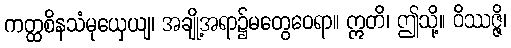
ကတ္ထစိနသံမုယှေယျ၊ အချို့အရာ၌မတွေဝေရာ။ ဣတိ၊ ဤသို့။ ဝိဿဇ္ဇိ၊